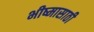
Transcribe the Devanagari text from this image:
भीष्मासाठी